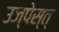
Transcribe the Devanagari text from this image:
उज्पेस्त्